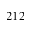
2 1 2